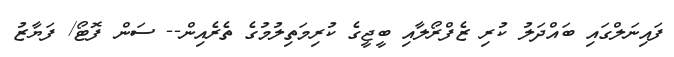
ފައިނަލްގައި ބައްދަލު ކުރި ޒެފްރޯލާއި ބީޖީގެ ކުރިމަތިލުމުގެ ތެރެއިން-- ސަން ފޮޓޯ/ ފަޔާޒު